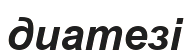
диатезі